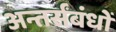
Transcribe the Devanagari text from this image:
अन्तर्संबंधों